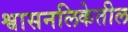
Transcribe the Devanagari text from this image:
श्वासनलिकेतील